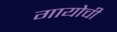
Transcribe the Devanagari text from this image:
गायोची